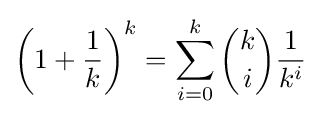
\left(1+{\frac {1}{k}}\right)^{k}=\sum _{i=0}^{k}{\binom {k}{i}}{\frac {1}{k^{i}}}